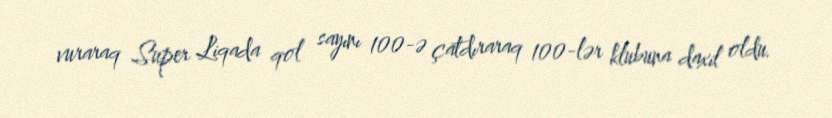
vuraraq Super Liqada qol sayını 100-ə çatdıraraq 100-lər klubuna daxil oldu.